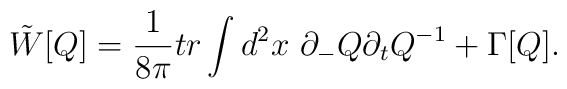
\tilde{W}[Q] = \frac{1}{8 \pi} tr \int d^2x~ \partial_- Q \partial_t Q^{-1}+ \Gamma [Q].